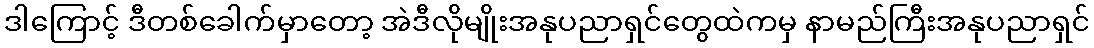
ဒါကြောင့် ဒီတစ်ခေါက်မှာတော့ အဲဒီလိုမျိုးအနုပညာရှင်တွေထဲကမှ နာမည်ကြီးအနုပညာရှင်